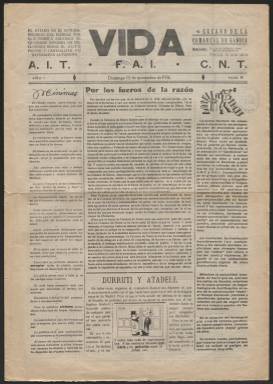
Título: Vida (Gandía)
Colección: Periódicos || Guerra civil
Ámbito geográfico: Valencia
Lugar de publicación: Gandía, Valencia
Fechas: 15/11/1936-02/02/1938